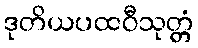
ဒုတိယပထဝီသုတ္တံ